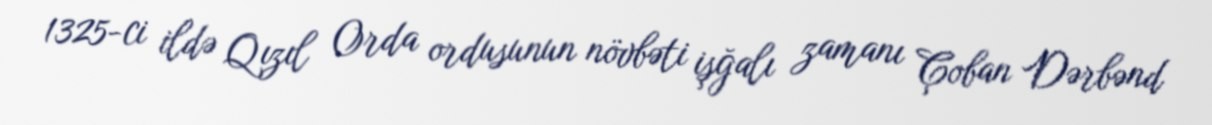
1325-ci ildə Qızıl Orda ordusunun növbəti işğalı zamanı Çoban Dərbənd